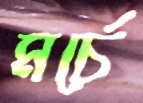
মর্চে